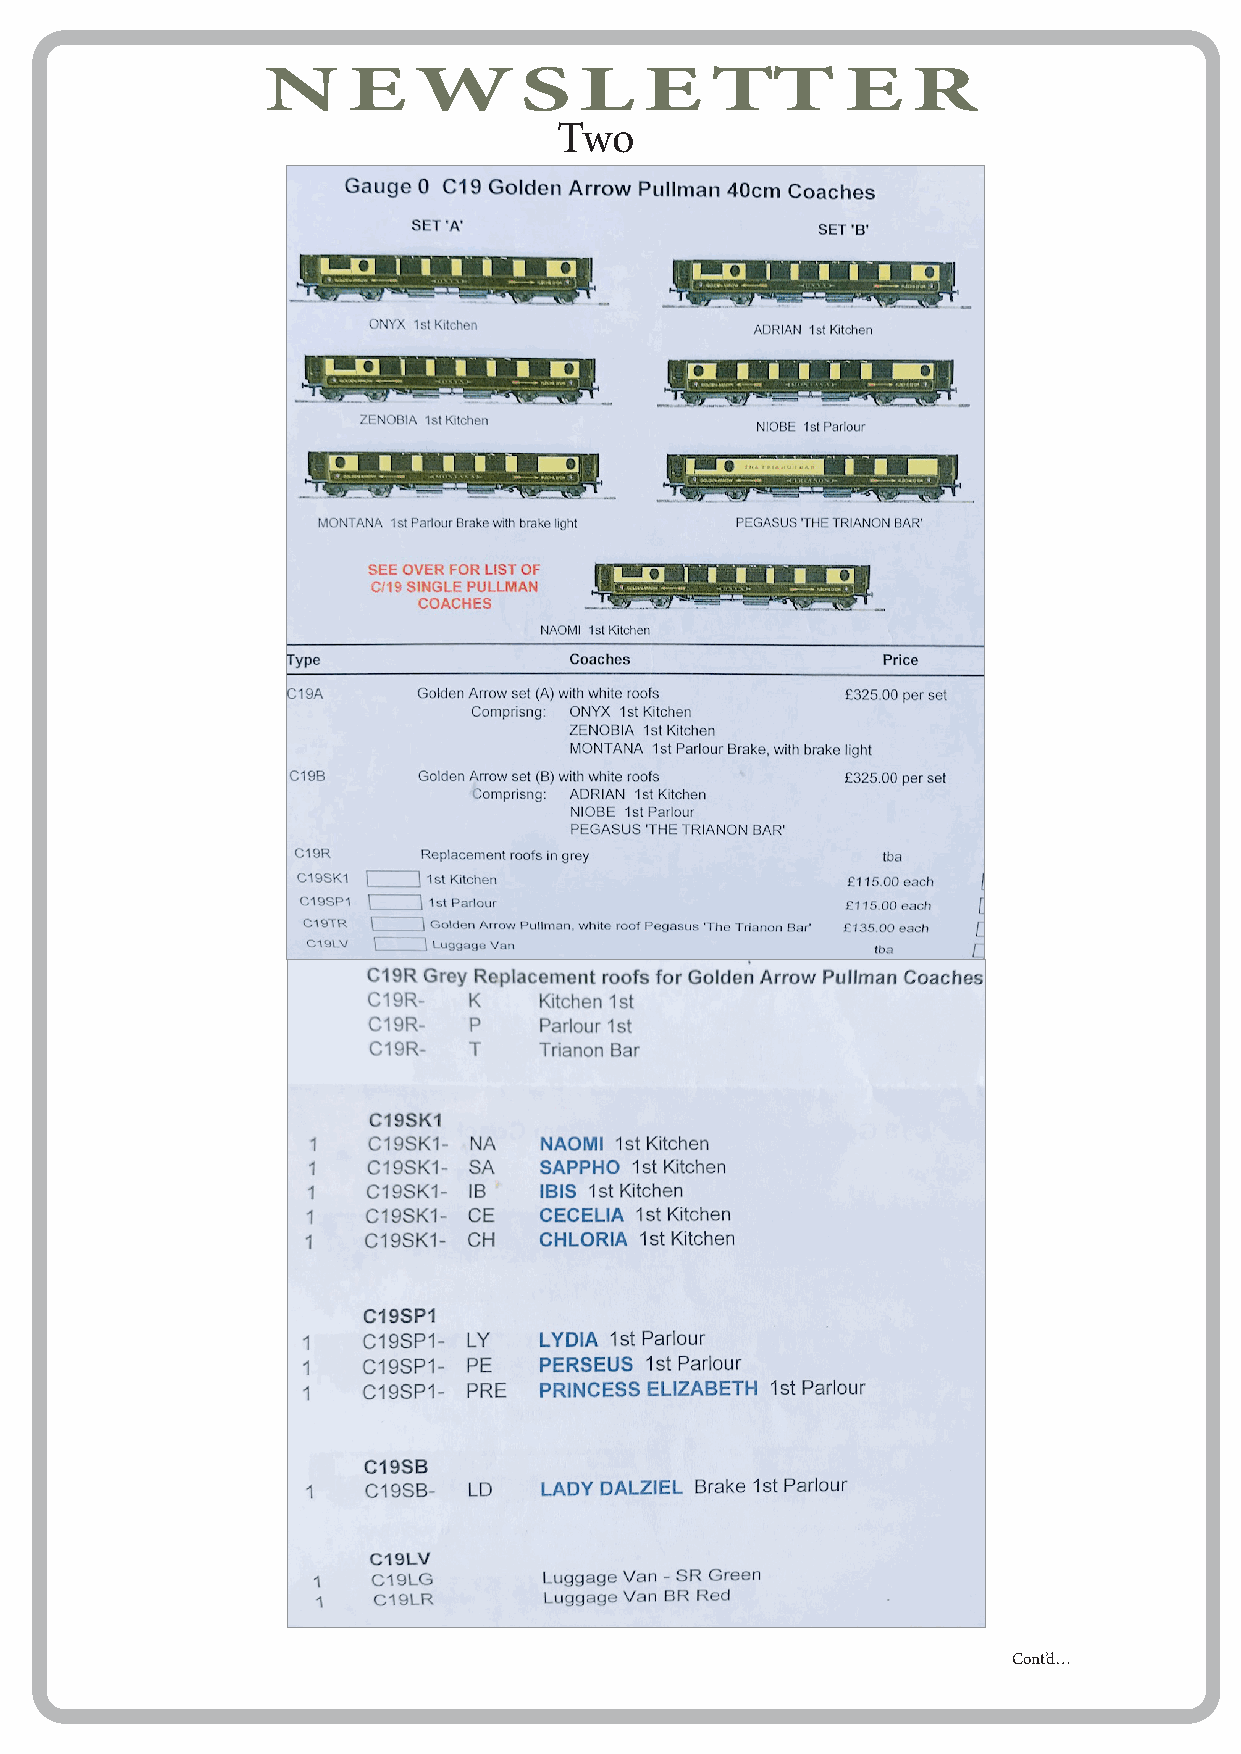
N     E   WS         L    E   TT       E   R
 Two
 Cont’d…